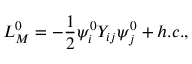
{ \cal L } _ { M } ^ { 0 } = - \frac { 1 } { 2 } \psi _ { i } ^ { 0 } Y _ { i j } \psi _ { j } ^ { 0 } + h . c . ,